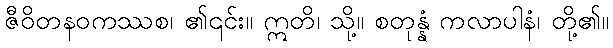
ဇီဝိတနဝကဿစ၊ ၏၎င်း။ ဣတိ၊ သို့။ စတုန္နံ ကလာပါနံ၊ တို့၏။